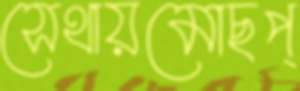
সেথায়মোছপ্